Leaving Certificate Examination (including Day School Certificate (Higher) General paper), 1936
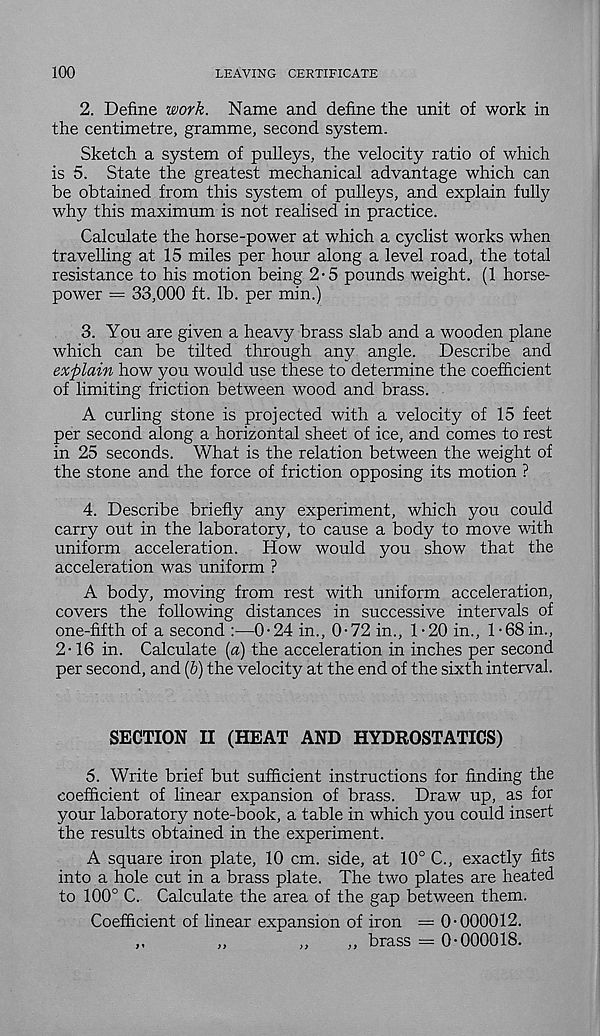
100
LEAVING CERTIFICATE
2. Define work. Name and define the unit of work in
the centimetre, gramme, second system.
Sketch a system of pulleys, the velocity ratio of which
is 5. State the greatest mechanical advantage which can
be obtained from this system of pulleys, and explain fully
why this maximum is not realised in practice.
Calculate the horse-power at which a cyclist works when
travelling at 15 miles per hour along a level road, the total
resistance to his motion being 2-5 pounds weight. (1 horse-
power = 33,000 ft. lb. per min.)
3. You are given a heavy brass slab and a wooden plane
which can be tilted through any angle. Describe and
explain how you would use these to determine the coefficient
of limiting friction between wood and brass.
A curling stone is projected with a velocity of 15 feet
per second along a horizontal sheet of ice, and comes to rest
in 25 seconds. What is the relation between the weight of
the stone and the force of friction opposing its motion ?
4. Describe briefly any experiment, which you could
carry out in the laboratory, to cause a body to move with
uniform acceleration.
How would you show that the
acceleration was uniform ?
A body, moving from rest with uniform acceleration,
covers the following distances in successive intervals of
one-fifth of a second :—0-24 in., 0-72 in., 1-20 in., 1-68 in.,
2-16 in. Calculate (a) the acceleration in inches per second
per second, and (6) the velocity at the end of the sixth interval.
SECTION II (HEAT AND HYDROSTATICS)
5. Write brief but sufficient instructions for finding the
coefficient of linear expansion of brass. Draw up, as for
your laboratory note-book, a table in which you could insert
the results obtained in the experiment.
A square iron plate, 10 cm. side, at 10° C., exactly fits
into a hole cut in a brass plate. The two plates are heated
to 100° C. Calculate the area of the gap between them.
Coefficient of linear expansion of iron = 0-000012.
.. brass = 0-000018.